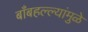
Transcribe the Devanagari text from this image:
बाँबहल्ल्यांमुळे